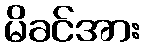
မိခင်အား